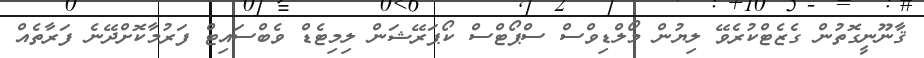
ޤާނޫނީގޮތުން ގެޒެޓްކުރެވޭ ލިޔުން މޯލްޑިވްސް ސްޕޯޓްސް ކޯޕަރޭޝަން ލިމިޓެޑް ވެބްސައިޓް ފަރުމާކޮށްދޭނެ ފަރާތެއް